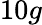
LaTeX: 10g